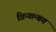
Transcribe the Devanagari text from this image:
क्रियान्वय